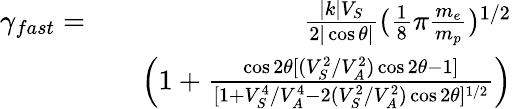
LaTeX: \begin{array}{rlr}{\gamma_{fast}=}&{}&{\frac{|k|V_{S}}{2|\cos\theta|}(\frac{1}{8}\pi\frac{m_{e}}{m_{p}})^{1/2}}\\ &{}&{\left(1+\frac{\cos 2\theta[(V_{S}^{2}/V_{A}^{2})\cos 2\theta-1]}{[1+V_{S}^{4}/V_{A}^{4}-2(V_{S}^{2}/V_{A}^{2})\cos 2\theta]^{1/2}}\right)}\end{array}